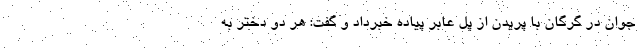
جوان در گرگان با پریدن از پل عابر پیاده خبرداد و گفت: هر دو دختر به